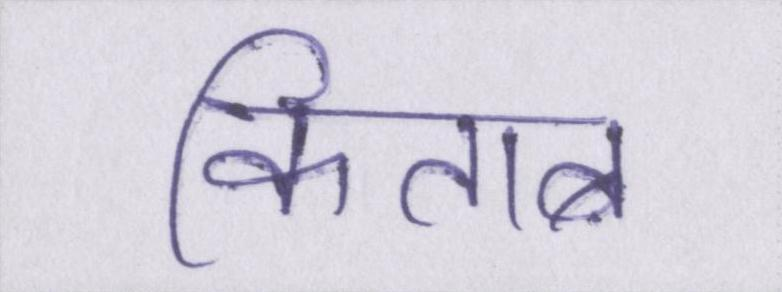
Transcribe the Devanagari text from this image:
किताब